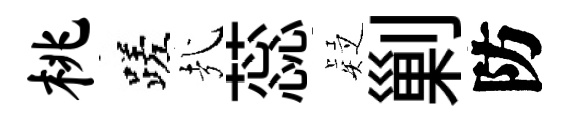
桃蹉㢤蕊疑剿防